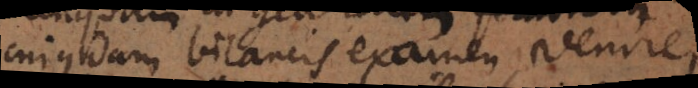
cujusdam bilancis examen venire,